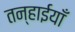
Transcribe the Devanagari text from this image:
तन्हाईयाँ